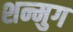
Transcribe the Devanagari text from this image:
शन्मुग